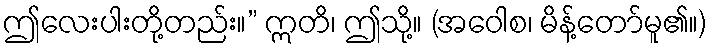
ဤလေးပါးတို့တည်း။” ဣတိ၊ ဤသို့။ (အဝေါစ၊ မိန့်တော်မူ၏။)